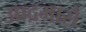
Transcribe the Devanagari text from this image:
आदमासे